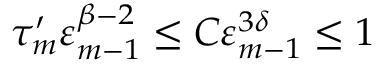
\tau _ { m } ^ { \prime } \varepsilon _ { m - 1 } ^ { \beta - 2 } \leq C \varepsilon _ { m - 1 } ^ { 3 \delta } \leq 1